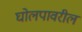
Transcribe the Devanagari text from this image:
घोलपावरील